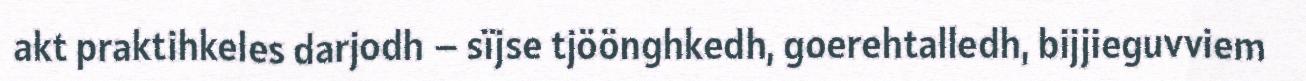
akt praktihkeles darjodh – sïjse tjöönghkedh, goerehtalledh, bijjieguvviem